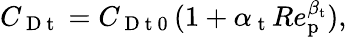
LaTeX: C_{\mathrm{~D~t~}}=C_{\mathrm{~D~t~0~}}(1+\alpha_{\mathrm{~t~}}Re_{\mathrm{p}}^{\beta_{\mathrm{t}}}),